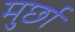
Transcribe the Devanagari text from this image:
मुर्छा